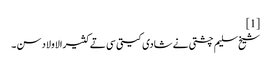
[1]
شیخ سلیم چشتی نے شادی کیتی سی تے کثیرالاولاد سن ۔